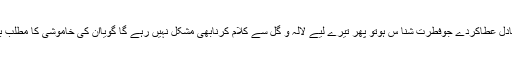
”اگراللہ تجھے ایسادل عطاکردے جوفطرت شنا س ہوتو پھر تیرے لیے لالہ و گُل سے کلام کرنابھی مشکل نہیں رہے گا گویاان کی خاموشی کا مطلب بھی جان جائے گا۔